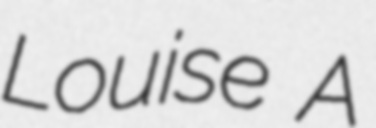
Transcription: Louise A